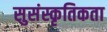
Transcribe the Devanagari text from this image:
सुसंस्कृतिकता